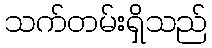
သက်တမ်းရှိသည်